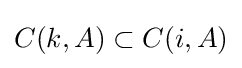
C(k,A)\subset C(i,A)